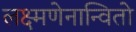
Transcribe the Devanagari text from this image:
लक्ष्मणेनान्वितो